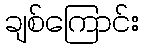
ချစ်ကြောင်း